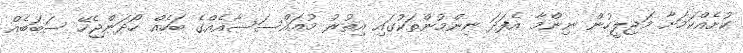
ކުށެއްކަމަށާ މަޖިލީހުން ނިންމާ އެފަދަ ނިންމުންތަކުގައި އިތުރު މުއައްސަސާއެއްގެ ބަހެއް ހޯދަންޖެހޭ ސަބަބެއް